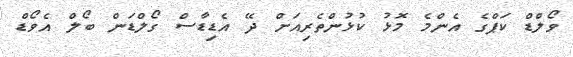
ވޯލްޑް ކަޕްގެ އެންމެ މޮޅު ކުޅުންތެރިއަށް ދޭ އެޑިޑާސް ގޯލްޑަން ބޯލް އެވޯޑް